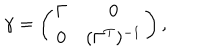
\gamma = \left( \begin{array} { c c } { { \Gamma } } & { { 0 } } \\ { { 0 } } & { { ( \Gamma ^ { T } ) ^ { - 1 } } } \\ \end{array} \right) ,